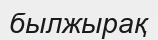
былжырақ